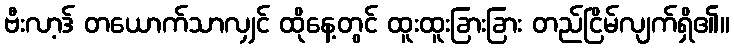
ဗီးလာ့ဒ် တယောက်သာလျှင် ထိုနေ့တွင် ထူးထူးခြားခြား တည်ငြိမ်လျက်ရှိ၏။